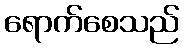
ရောက်စေသည်